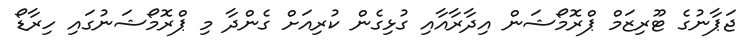
ޖަޕާނުގެ ޓޫރިޒަމް ޕްރޮމޯޝަން އިދާރާއާއި ގުޅިގެން ކުރިއަށް ގެންދާ މި ޕްރޮމޯޝަނުގައި ހިރާޑޯ